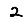
Digit: 2